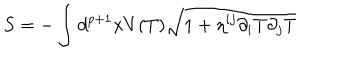
S = - \int d ^ { p + 1 } x V ( T ) \sqrt { 1 + \eta ^ { i j } \partial _ { i } T \partial _ { j } T }